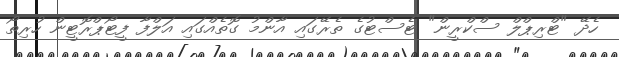
ހެދޭ "ޓްރިޕްލް ސްކްރީން" ޓެސްޓުގެ ތެރޭގައި އާންމު ގޮތެއްގައި އަލްފާ ފީޓޯޕްރޮޓީން ހުރިތޯ